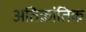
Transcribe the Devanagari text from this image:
अतिक्रांतिक